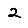
Digit: 2